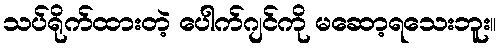
သပ်ရိုက်ထားတဲ့ ပေါက်ဂျင်ကို မဆော့ရသေးဘူး။